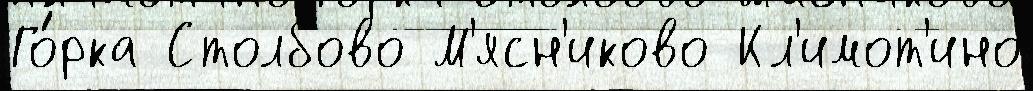
Го́рка Столбово М'ясн'иково Кл'имот'ино